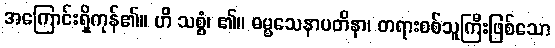
အကြောင်းရှိကုန်၏။ ဟိ သစ္စံ၊ ၏။ ဓမ္မသေနာပတိနာ၊ တရားစစ်သူကြီးဖြစ်သော